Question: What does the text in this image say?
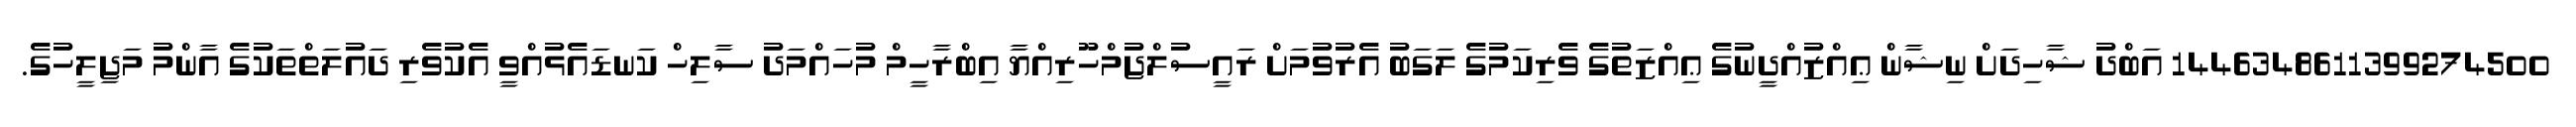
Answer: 1446348611399274500 އަބްދު ޝާހިދަށް ނިޝާން ޢިއްޒުއްދީނުގެ ޢިއްޒަތުގެ ވެރިކަމުގެ ލަގަބު އެރުވުމަށް ރައީސުލްޖުމްހޫރިއްޔާ އިބްރާހީމް މުހައްމަދު ސާލިހް ކަނޑައެޅުއްވީ އެކުވެރި ދައުލަތްތަކުގެ އާންމު މަޖިލީހުގެ.